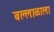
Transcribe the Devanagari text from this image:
बल्लाळाला